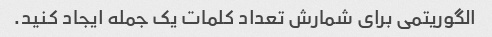
الگوریتمی برای شمارش تعداد کلمات یک جمله ایجاد کنید.